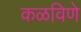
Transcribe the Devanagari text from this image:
कळविणे